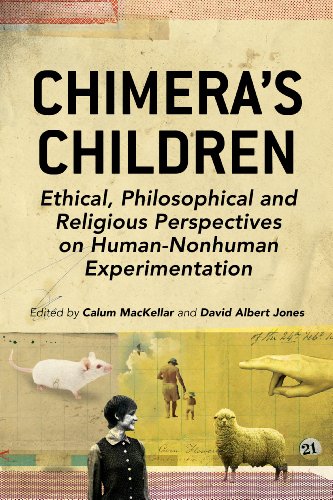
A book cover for Chimera's Children: Ethical, Philosophical and Religious Perspectives on Human-Nonhuman Experimentation; Religion & Spirituality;